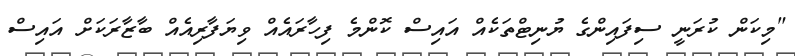
"މިކަން ކުރަނީ ސިފައިންގެ ޔުނިޓްތަކެއް އައިސް ކޮންމެ ފިހާރައެއް ވިޔަފާރިއެއް ބާޒާރަކަށް އައިސް